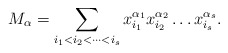
\begin{align*} M_\alpha=\sum_{i_1<i_2<\dots<i_s} x_{i_1}^{\alpha_1}x_{i_2}^{\alpha_2}\dots x_{i_s}^{\alpha_s}. \end{align*}